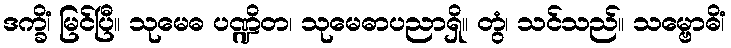
ဒက္ခိံ၊ မြင်ပြီ။ သုမေဓ ပဏ္ဍိတ၊ သုမေဓာပညာရှိ။ တွံ၊ သင်သည်။ သမ္ဗောဓိံ၊